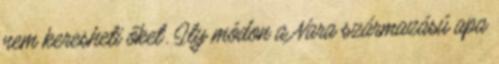
nem keresheti őket. Ily módon a Nara származású apa